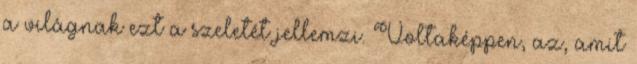
a világnak ezt a szeletét jellemzi. Voltaképpen, az, amit